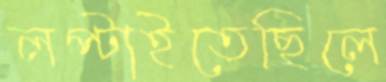
লপ্‌টাইতেছিলে